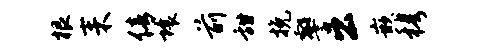
根耒倩壤前甜挽警公嵌穆